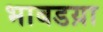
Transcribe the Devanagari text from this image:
भाबडय़ा